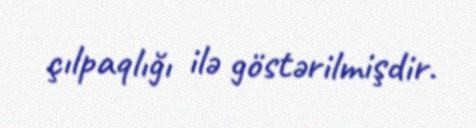
çılpaqlığı ilə göstərilmişdir.